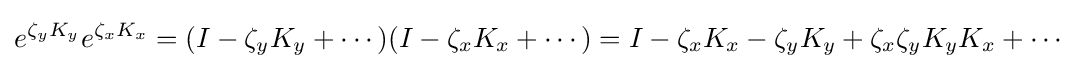
e^{\zeta _{y}K_{y}}e^{\zeta _{x}K_{x}}=(I-\zeta _{y}K_{y}+\cdots )(I-\zeta _{x}K_{x}+\cdots )=I-\zeta _{x}K_{x}-\zeta _{y}K_{y}+\zeta _{x}\zeta _{y}K_{y}K_{x}+\cdots